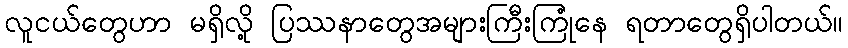
လူငယ်တွေဟာ မရှိလို့ ပြဿနာတွေအများကြီးကြုံနေ ရတာတွေရှိပါတယ်။